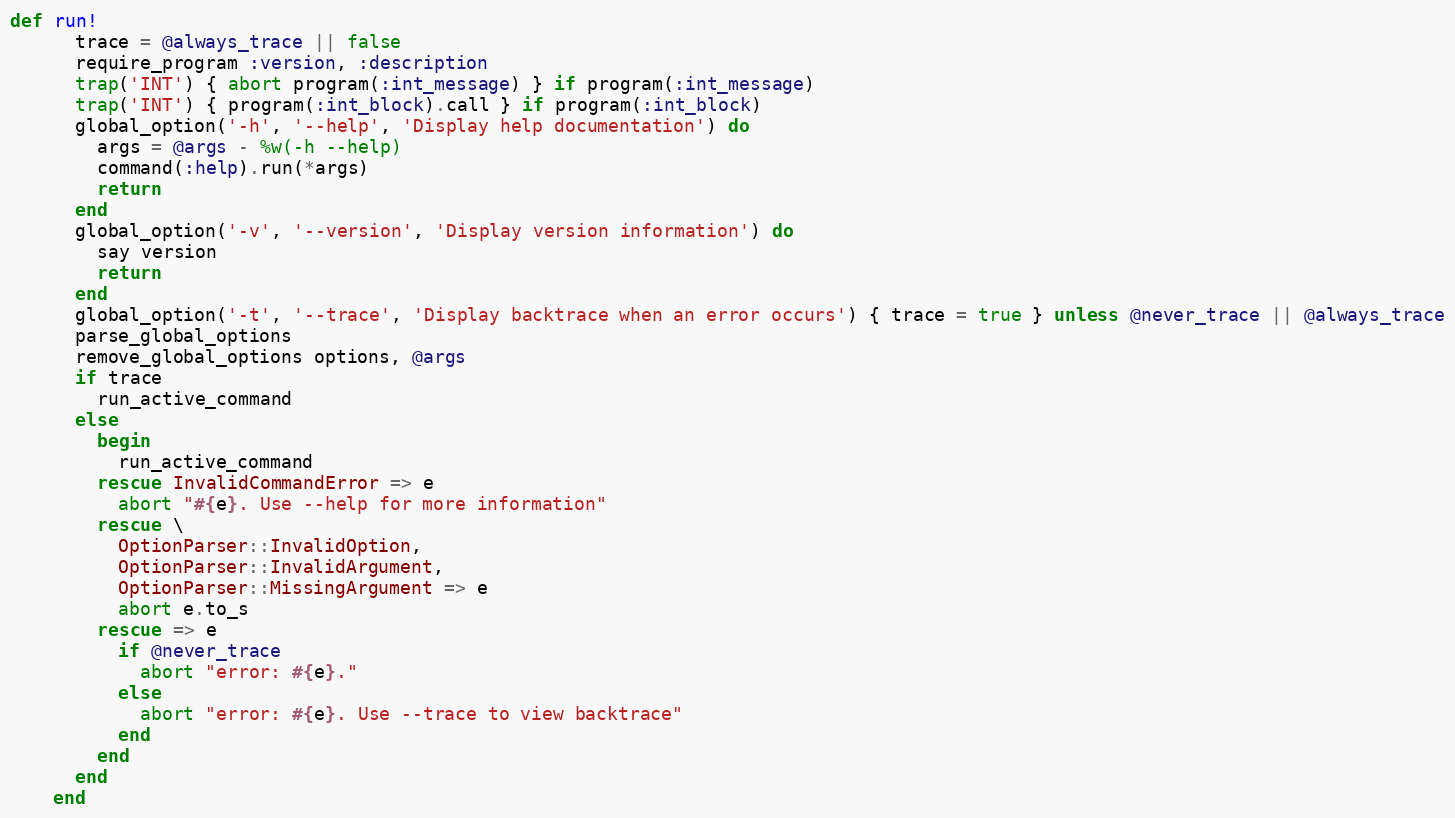
Language: Ruby
def run!
      trace = @always_trace || false
      require_program :version, :description
      trap('INT') { abort program(:int_message) } if program(:int_message)
      trap('INT') { program(:int_block).call } if program(:int_block)
      global_option('-h', '--help', 'Display help documentation') do
        args = @args - %w(-h --help)
        command(:help).run(*args)
        return
      end
      global_option('-v', '--version', 'Display version information') do
        say version
        return
      end
      global_option('-t', '--trace', 'Display backtrace when an error occurs') { trace = true } unless @never_trace || @always_trace
      parse_global_options
      remove_global_options options, @args
      if trace
        run_active_command
      else
        begin
          run_active_command
        rescue InvalidCommandError => e
          abort "#{e}. Use --help for more information"
        rescue \
          OptionParser::InvalidOption,
          OptionParser::InvalidArgument,
          OptionParser::MissingArgument => e
          abort e.to_s
        rescue => e
          if @never_trace
            abort "error: #{e}."
          else
            abort "error: #{e}. Use --trace to view backtrace"
          end
        end
      end
    end